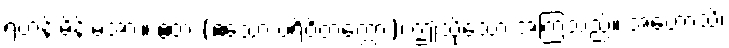
ရဟန်းမိန်းမအား။ ဧတံ (ဧသော ပရိဝိတက္ကော)၊ ဤသို့သော အကြံသည်။ အဟောသိ၊